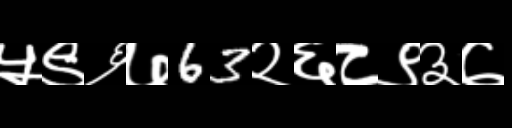
Text: ५९६७63२६८९३७